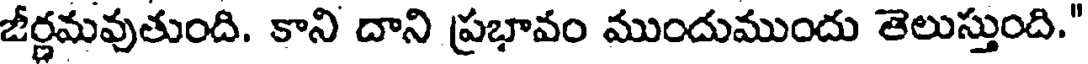
జీర్ణమవుతుంది. కాని దాని ప్రభావం ముందుముందు తెలుస్తుంది."